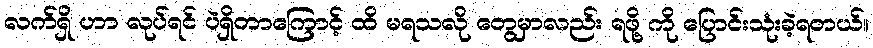
လက်ရှိ ဟာ လုပ်ရင် ပဲရှိတာကြောင့် ထိ မရသလို တွေမှာလည်း ရဖို့ ကို ပြောင်းသုံးခဲ့ရတယ်။